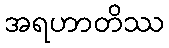
အရဟာတိဿ